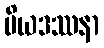
ပိယဒဿနာ